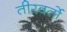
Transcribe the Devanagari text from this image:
तीरवर्तो